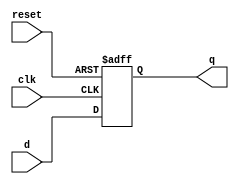
`timescale 1ns/1ns
module flopr #(parameter WIDTH = 8)
   (input                  clk, reset,
    input      [WIDTH-1:0] d, 
    output reg [WIDTH-1:0] q);

   always @(posedge clk, posedge reset)
     if (reset) q <= 0;
     else       q <= d;
   
endmodule // flopr